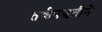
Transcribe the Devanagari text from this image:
तर्कपद्धतीने